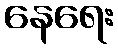
နေရေး